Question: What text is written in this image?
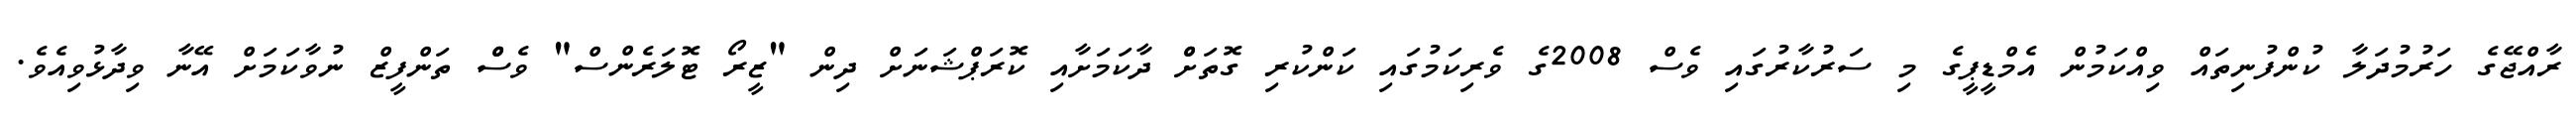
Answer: ރާއްޖޭގެ ހަރުމުދަލާ ކުންފުނިތައް ވިއްކަމުން އެމްޑީޕީގެ މި ސަރުކާރުގައި ވެސް 2008ގެ ވެރިކަމުގައި ކަންކުރި ގޮތަށްް ދާކަމަށާއި ކޮރަޕްޝަނަށް ދިން "ޒީރޯ ޓޮލަރެންސް" ވެސްް ތަންފީޒް ނުވާކަމަށް އޭނާ ވިދާޅުވިއެވެ.